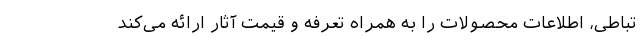
تباطی، اطلاعات محصولات را به همراه تعرفه و قیمت آثار ارائه می‌کند